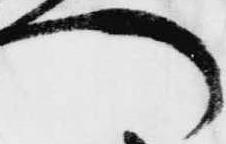
へ